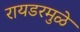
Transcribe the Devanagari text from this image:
रायडरमुळे